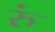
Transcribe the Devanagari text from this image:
रुं